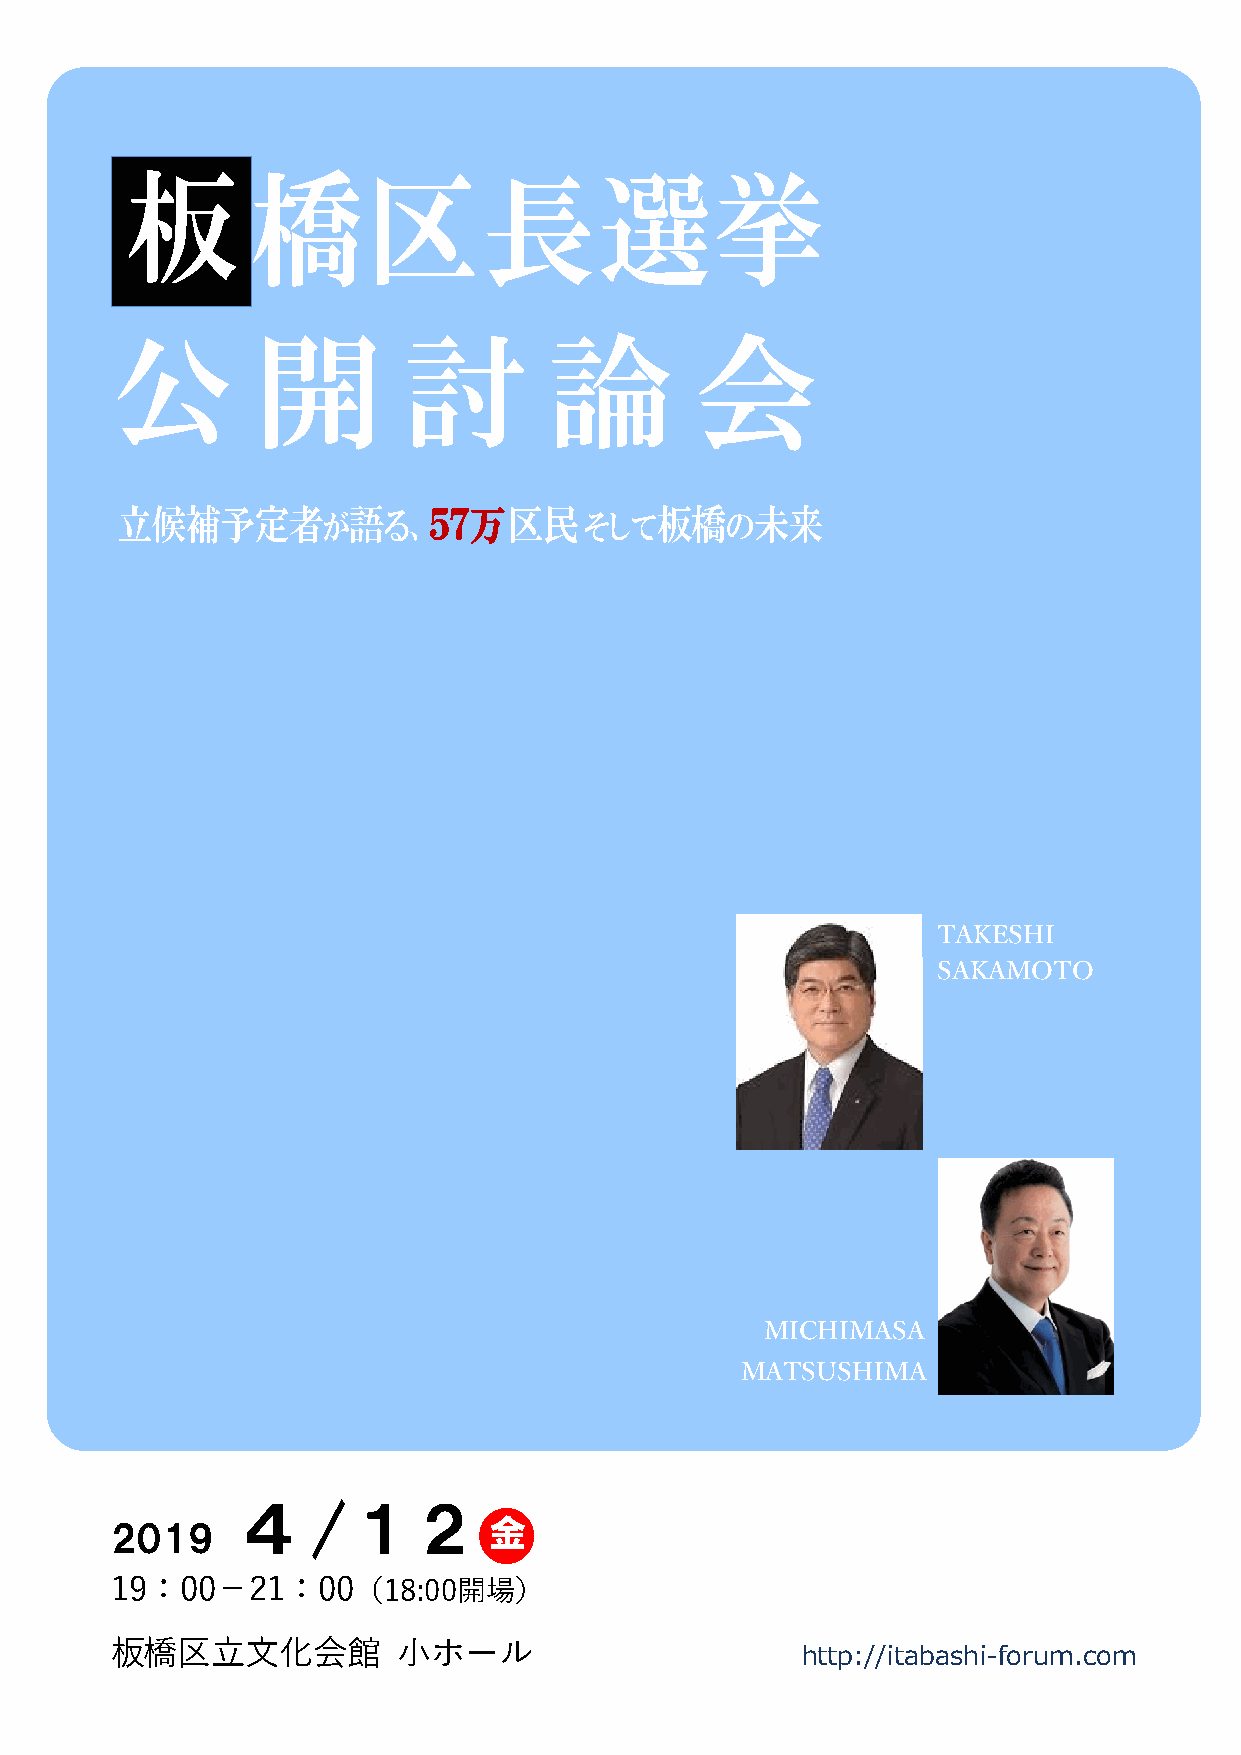
板        橋区長選挙
 公         開         討        論         会
 衆
 立候補予定者       が語る、５７万区民         そして板橋の未来
 TAKESHI
 SAKAMOTO
 MICHIMASA
 MATSUSHIMA
 ４/１２
 2019                     金
 19：00－21：00（18:00開場）
 板橋区立文化会館           小ホール
 http://itabashi-forum.com